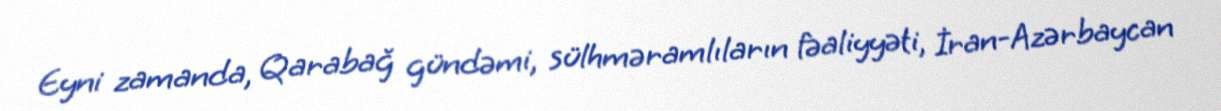
Eyni zamanda, Qarabağ gündəmi, sülhməramlıların fəaliyyəti, İran-Azərbaycan